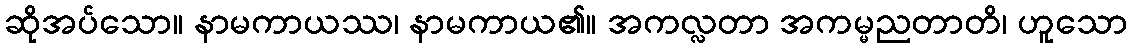
ဆိုအပ်သော။ နာမကာယဿ၊ နာမကာယ၏။ အကလ္လတာ အကမ္မညတာတိ၊ ဟူသော